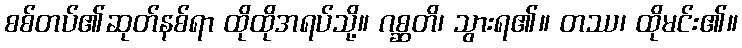
စစ်တပ်၏ဆုတ်နစ်ရာ ထိုထိုအရပ်သို့။ ဂစ္ဆတိ၊ သွားရ၏။ တဿ၊ ထိုမင်း၏။